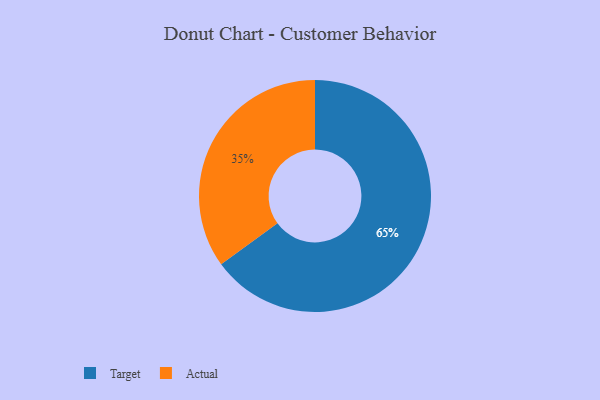
{"axis": {"x": "Category", "y": "Percentage"}, "legend": ["Actual", "Target"], "data": [{"x": "Target", "y": 65, "type": "Target"}, {"x": "Actual", "y": 35, "type": "Actual"}]}